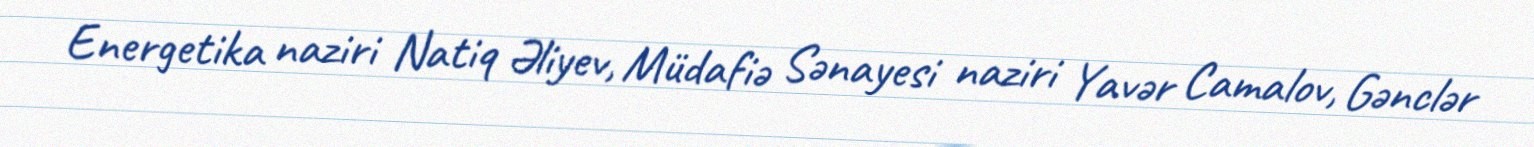
Energetika naziri Natiq Əliyev, Müdafiə Sənayesi naziri Yavər Camalov, Gənclər